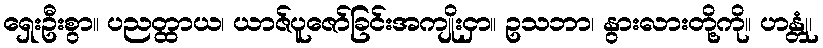
ရှေးဦးစွာ။ ပညတ္ထာယ၊ ယာဇ်ပူဇော်ခြင်းအကျိုးငှာ။ ဥသဘာ၊ နွားလားတို့ကို။ ဟန္တုံ၊